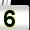
Digit: 5